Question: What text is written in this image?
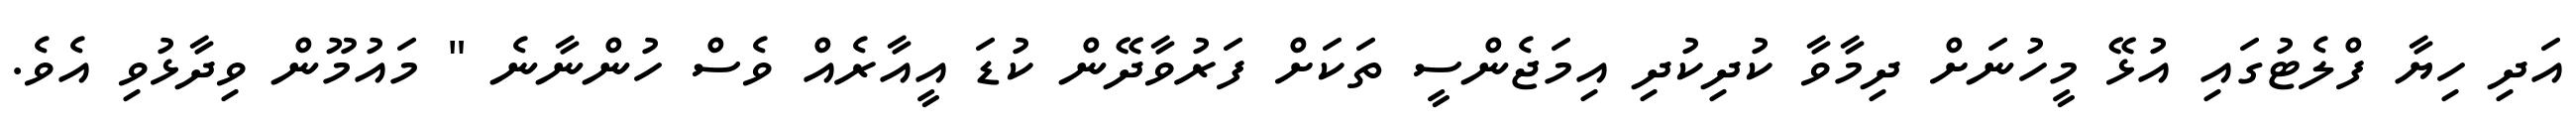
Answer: އަދި ހިޔާ ފްލެޓުގައި އުޅޭ މީހުނަށް ދިމާވާ ކުދިކުދި އިމަޖެންސީ ތަކަށް ފަރުވާދޭން ކުޑަ އީއާރެއް ވެސް ހުންނާނެ " މައުމޫން ވިދާޅުވި އެވެ.